Madras plague regulations and rules - Volume 1
Disease focus: Plague
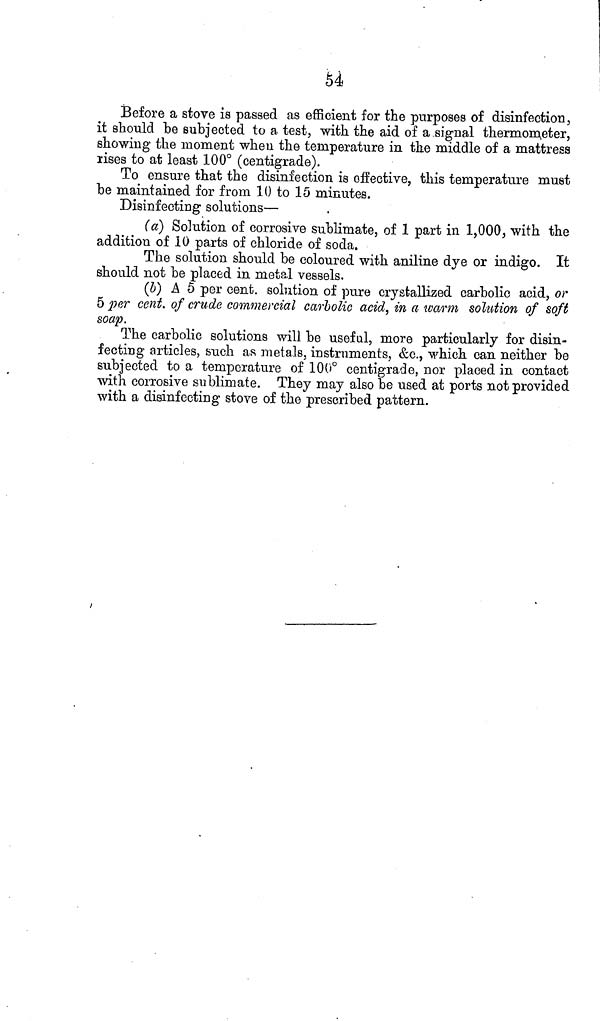
54
Before a stove is passed as efficient for the purposes of disinfection,
it should be subjected to a test, with the aid of a signal thermometer,
showing the moment when the temperature in the middle of a mattress
rises to at least 100° (centigrade).
To ensure that the disinfection is effective, this temperature must
be maintained for from 10 to 15 minutes.
Disinfecting solutions—
(a) Solution of corrosive sublimate, of 1 part in 1,000, with the
addition of 10 parts of chloride of soda.
The solution should be coloured with aniline dye or indigo. It
should not be placed in metal vessels.
(b) A 5 per cent. solution of pure crystallized carbolic acid, or
5 per cent. of crude commercial carbolic acid, in a warm solution of soft
soap.
The carbolic solutions will be useful, more particularly for disin-
fecting articles, such as metals, instruments, &c., which can neither be
subjected to a temperature of 100° centigrade, nor placed in contact
with corrosive sublimate. They may also be used at ports not provided
with a disinfecting stove of the prescribed pattern.